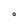
Character: O